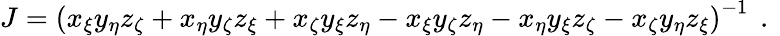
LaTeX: J=\left(x_{\xi}y_{\eta}z_{\zeta}+x_{\eta}y_{\zeta}z_{\xi}+x_{\zeta}y_{\xi}z_{\eta}-x_{\xi}y_{\zeta}z_{\eta}-x_{\eta}y_{\xi}z_{\zeta}-x_{\zeta}y_{\eta}z_{\xi}\right)^{-1}\, \mathrm{~.~}